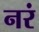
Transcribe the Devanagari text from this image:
नरं